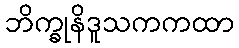
ဘိက္ခုနိဒူသကကထာ